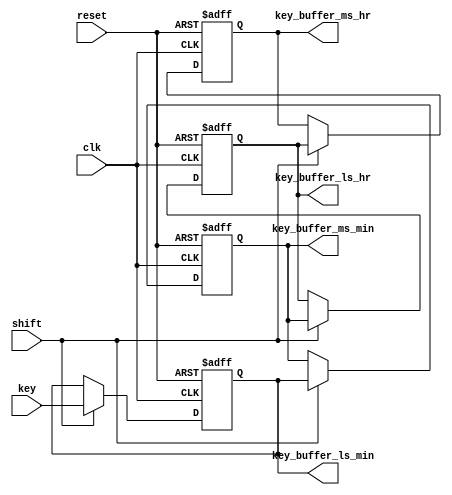
module key_reg(clk, reset, key, shift, key_buffer_ms_hr, key_buffer_ms_min, key_buffer_ls_hr, key_buffer_ls_min);
input clk, reset, shift;
input [3:0] key;
output reg [3:0] key_buffer_ms_hr;
output reg [3:0] key_buffer_ms_min;
output reg [3:0] key_buffer_ls_hr;
output reg [3:0] key_buffer_ls_min;
always @ (posedge clk or posedge reset)
begin
if (reset)
begin
key_buffer_ms_hr<=0;
key_buffer_ms_min<=0;
key_buffer_ls_hr<=0;
key_buffer_ls_min<=0;
end
else if (shift)
begin
key_buffer_ms_hr<=key_buffer_ls_hr;
key_buffer_ms_min<=key_buffer_ls_min;
key_buffer_ls_hr<=key_buffer_ms_min;
key_buffer_ls_min<=key;
end
end
endmodule